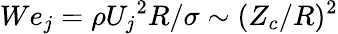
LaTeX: We_{j}=\rho{U_{j}}^{2}R/\sigma\sim(Z_{c}/R)^{2}